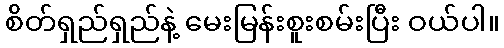
စိတ်ရှည်ရှည်နဲ့ မေးမြန်းစူးစမ်းပြီး ဝယ်ပါ။